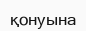
қонуына